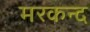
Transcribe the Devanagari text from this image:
मरकन्द